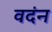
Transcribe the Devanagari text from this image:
वदंन